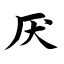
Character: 厌